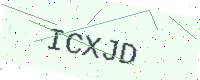
Text: ICXJD